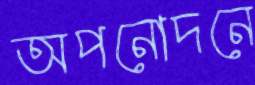
অপনোদনে